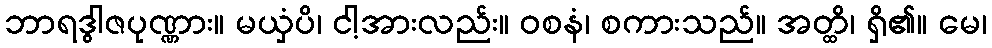
ဘာရဒွါဇပုဏ္ဏား။ မယှံပိ၊ ငါ့အားလည်း။ ဝစနံ၊ စကားသည်။ အတ္ထိ၊ ရှိ၏။ မေ၊